画像に写った文字を読んでください
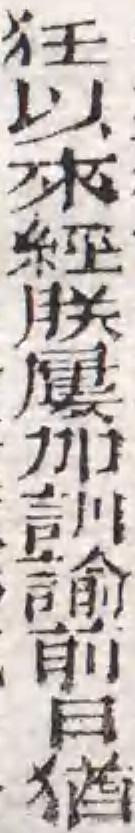
「狂以來經朕屢加訓諭前日猶」と書いてあります